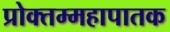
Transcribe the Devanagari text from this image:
प्रोक्तम्महापातक